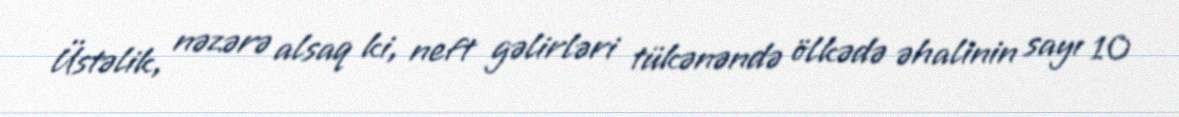
Üstəlik, nəzərə alsaq ki, neft gəlirləri tükənəndə ölkədə əhalinin sayı 10